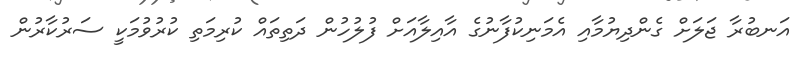
އަނބުރާ ޖަލަށް ގެންދިޔުމާއި އެމަނިކުފާނުގެ އާއިލާއަށް ފުލުހުން ދަތިތައް ކުރިމަތި ކުރުވުމަކީ ސަރުކާރުން